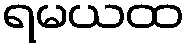
ရမယထ